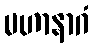
မဟာနာဂံ